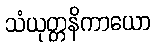
သံယုတ္တနိကာယော